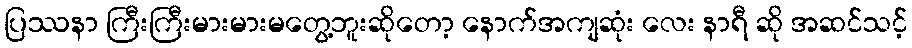
ပြဿနာ ကြီးကြီးမားမားမတွေ့ဘူးဆိုတော့ နောက်အကျဆုံး လေး နာရီ ဆို အဆင်သင့်